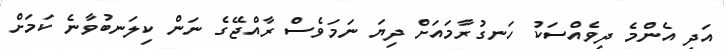
އަދި އެންމެ ދިވެއްސަކު ހަނގުރާމައަށް ދިޔަ ނަމަވެސް ރާއްޖޭގެ ނަން ކިލަނބުވާނެ ކަމަށް